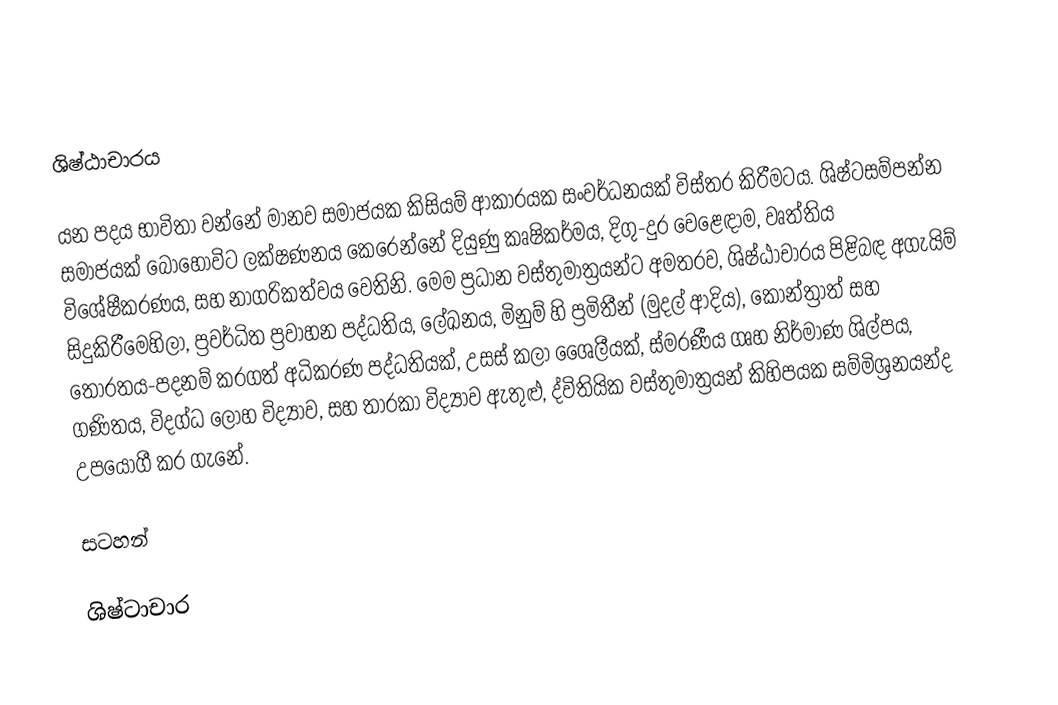
ශිෂ්ඨාචාරය

යන පදය භාවිතා වන්නේ මානව සමාජයක කිසියම් ආකාරයක සංවර්ධනයක් විස්තර කිරීමටය. ශිෂ්ටසම්පන්න සමාජයක් බොහෝවිට ලක්ෂණනය කෙරෙන්නේ දියුණු කෘෂිකර්මය, දිගු-දුර වෙළෙඳාම, වෘත්තිය විශේෂීකරණය, සහ නාගරිකත්වය වෙතිනි. මෙම ප්‍රධාන වස්තුමාත්‍රයන්ට අමතරව, ශිෂ්ඨාචාරය පිළිබඳ අගැයිම් සිදුකිරීමෙහිලා,  ප්‍රවර්ධිත ප්‍රවාහන පද්ධතිය, ලේඛනය, මිනුම් හි ප්‍රමිතීන් (මුදල් ආදිය), කොන්ත්‍රාත් සහ තෝරතය-පදනම් කරගත් අධිකරණ පද්ධතියක්, උසස් කලා ශෛලීයක්, ස්මරණීය ගෘහ නිර්මාණ ශිල්පය, ගණිතය, විදග්ධ ලෝහ විද්‍යාව, සහ තාරකා විද්‍යාව ඇතුළු, ද්විතියික වස්තුමාත්‍රයන් කිහිපයක සම්මිශ්‍රනයන්ද උපයෝගී කර ගැනේ.

සටහන්

ශිෂ්ටාචාර